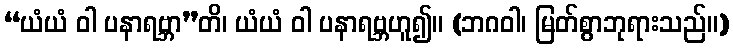
“ယံယံ ဝါ ပနာရဗ္ဘာ”တိ၊ ယံယံ ဝါ ပနာရဗ္ဘဟူ၍။ (ဘဂဝါ၊ မြတ်စွာဘုရားသည်။)